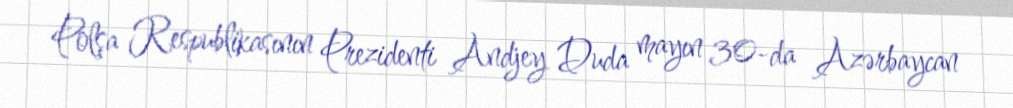
Polşa Respublikasının Prezidenti Andjey Duda mayın 30-da Azərbaycan